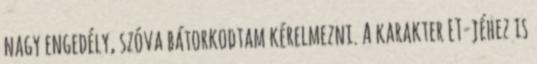
nagy engedély, szóva bátorkodtam kérelmezni. A karakter ET-jéhez is